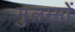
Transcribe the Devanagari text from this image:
मुलम्मों